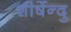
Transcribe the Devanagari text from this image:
शीर्षेन्दु